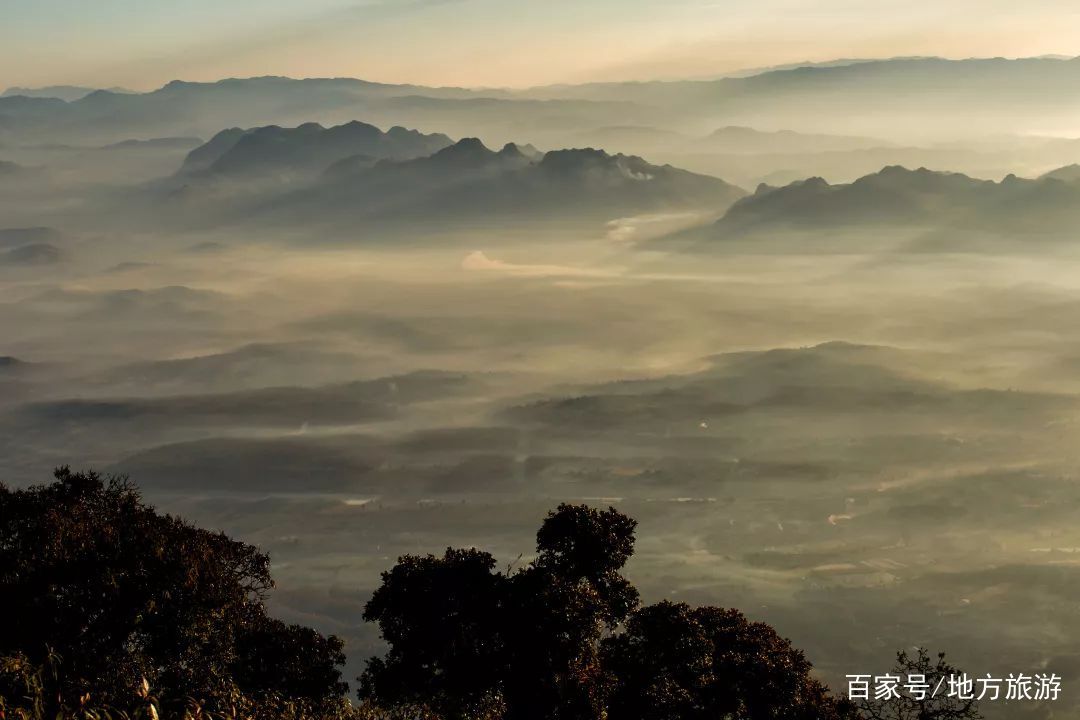
有个娇娆如玉，夜夜绣屏孤宿，闲抱琵琶寻旧曲，远山眉黛绿。